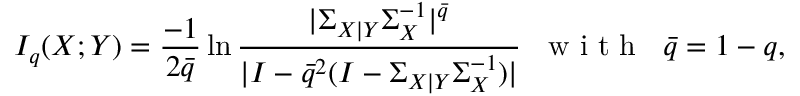
I _ { q } ( X ; Y ) = \frac { - 1 } { 2 \bar { q } } \ln \frac { | \Sigma _ { X | Y } \Sigma _ { X } ^ { - 1 } | ^ { \bar { q } } } { | I - \bar { q } ^ { 2 } ( I - \Sigma _ { X | Y } \Sigma _ { X } ^ { - 1 } ) | } \; \; \mathrm { ~ w ~ i ~ t ~ h ~ } \; \; \bar { q } = 1 - q ,